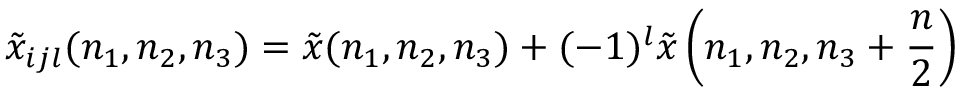
{ \tilde { x } } _ { i j l } ( n _ { 1 } , n _ { 2 } , n _ { 3 } ) = { \tilde { x } } ( n _ { 1 } , n _ { 2 } , n _ { 3 } ) + ( - 1 ) ^ { l } { \tilde { x } } \left( n _ { 1 } , n _ { 2 } , n _ { 3 } + { \frac { n } { 2 } } \right)